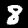
Digit: 8